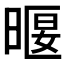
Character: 𣈿